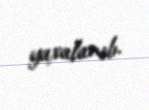
yaxalanıb.